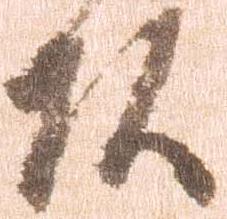
頭